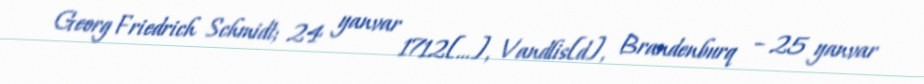
Georg Friedrich Schmidt; 24 yanvar 1712[…], Vandlis[d], Brandenburq – 25 yanvar